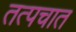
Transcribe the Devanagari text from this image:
तत्पचात